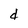
Character: d